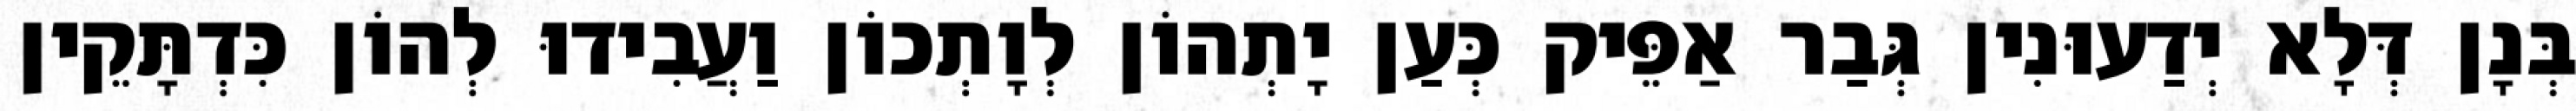
בְּנָן דְּלָא יְדַעוּנִין גְּבַר אַפֵּיק כְּעַן יָתְהוֹן לְוָתְכוֹן וַעֲבִידוּ לְהוֹן כִּדְתָּקֵין